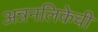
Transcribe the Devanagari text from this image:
अन्ननलिकेची